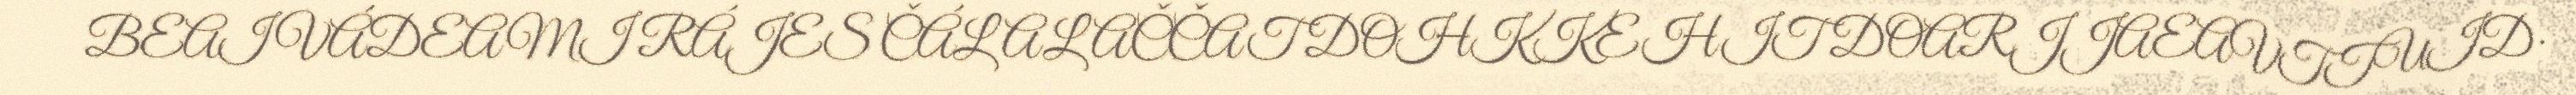
BEAIVÁDEAMI RÁJES ČÁLALAČČAT DOHKKEHIT DOARJJAEAVTTUID·